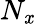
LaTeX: N_{\mathit{x}}